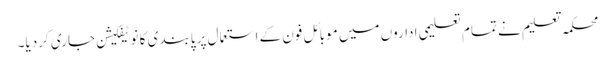
محکمہ تعلیم نے تمام تعلیمی اداروں میں موبائل فون کے استعمال پر پابندی کا نوٹیفکیشن جاری کردیا۔